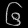
Digit: ၆